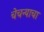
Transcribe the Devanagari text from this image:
चेचन्याचा